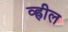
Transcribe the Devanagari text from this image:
व्ह्रील